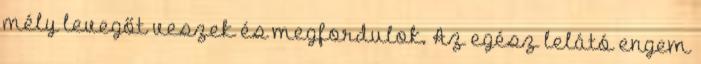
mély levegőt veszek és megfordulok. Az egész lelátó engem